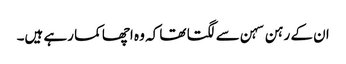
ان کے رہن سہن سے لگتا تھا کہ وہ اچھا کما رہے ہیں۔